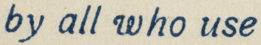
by all who use